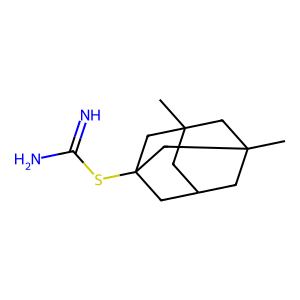
SMILES: CC12CC3CC(C)(C1)CC(SC(=N)N)(C3)C2
Inhibits HIV replication: No